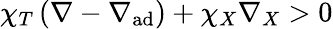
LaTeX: \chi_{T}\left(\nabla-\nabla_{\mathrm{ad}}\right)+\chi_{X}\nabla_{X}>0